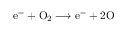
\mathrm { e } ^ { - } + \mathrm { O } _ { 2 } \longrightarrow \mathrm { e } ^ { - } + 2 \mathrm { O }